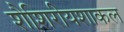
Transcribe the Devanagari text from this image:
शैशिरीयशाकल